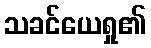
သခင်ယေရှု၏